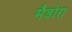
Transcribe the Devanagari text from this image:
मैडोरा